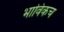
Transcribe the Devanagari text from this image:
भाविकच